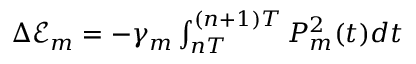
\begin{array} { r } { \Delta \mathcal { E } _ { m } = - \gamma _ { m } \int _ { n T } ^ { ( n + 1 ) T } P _ { m } ^ { 2 } ( t ) d t } \end{array}